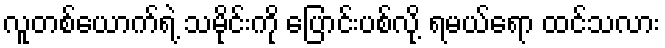
လူတစ်ယောက်ရဲ့ သမိုင်းကို ပြောင်းပစ်လို့ ရမယ်ရော ထင်သလား